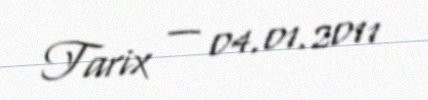
Tarix — 04.01.2011